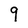
Character: 9